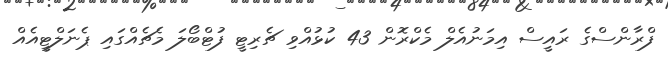
ފްރާންސްގެ ރައީސް އިމަނުއެލް މެކްރޮން 43 ކުޅުއްވި ޗެރިޓީ ފުޓްބޯލަ މެޗެއްގައި ޕެނަލްޓީއެއް